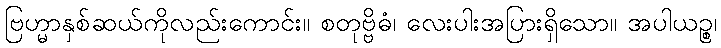
ဗြဟ္မာနှစ်ဆယ်ကိုလည်းကောင်း။ စတုဗ္ဗိဓံ၊ လေးပါးအပြားရှိသော။ အပါယဉ္စ၊